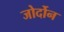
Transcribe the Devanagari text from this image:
जोर्दोन